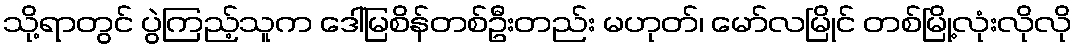
သို့ရာတွင် ပွဲကြည့်သူက ဒေါ်မြစိန်တစ်ဦးတည်း မဟုတ်၊ မော်လမြိုင် တစ်မြို့လုံးလိုလို